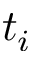
t _ { i }